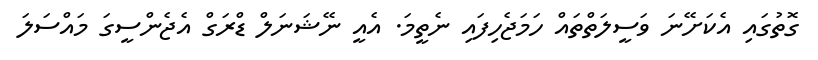
ގޮތުގައި އެކަށޭނަ ވަސީލަތްތައް ހަމަޖެހިފައި ނެތީމަ. އެއީ ނޭޝަނަލް ޑްރަގް އެޖެންސީގަ މައްސަލަ